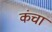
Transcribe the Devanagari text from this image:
कंचा